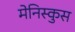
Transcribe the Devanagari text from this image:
मेनिस्कुस